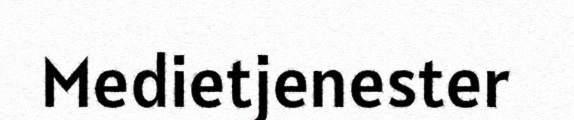
Medietjenester